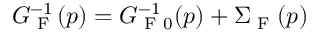
G _ { \textrm { F } } ^ { - 1 } ( p ) = G _ { \textrm { F } 0 } ^ { - 1 } ( p ) + \Sigma _ { \textrm { F } } ( p )